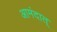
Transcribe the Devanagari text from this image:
आमंदात्‌